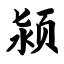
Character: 颍